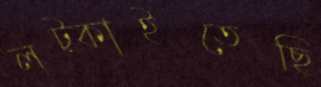
লট্‌কাইতেছি